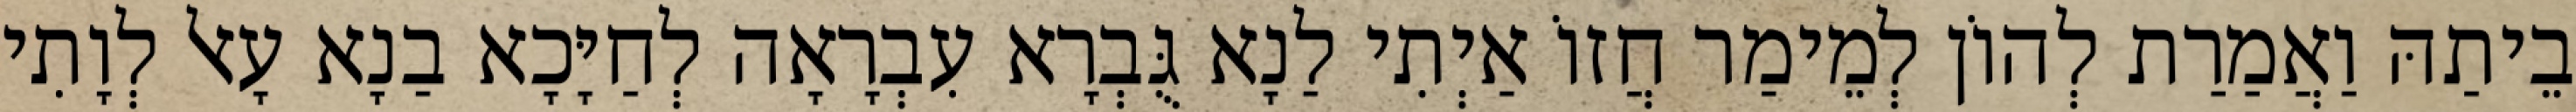
בֵיתַהּ וַאֲמַרַת לְהוֹן לְמֵימַר חֲזוֹ אַיְתִי לַנָא גֻּבְרָא עִבְרָאָה לְחַיָּכָא בַנָא עָאל לְוָתִי